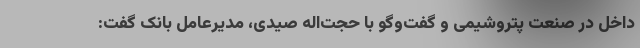
داخل در صنعت پتروشیمی و گفت‌وگو با حجت‌اله صیدی، مدیرعامل بانک گفت: